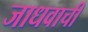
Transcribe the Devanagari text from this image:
जाधवाची